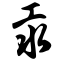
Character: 汞